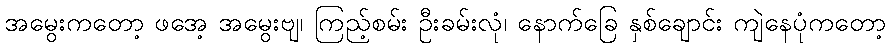
အမွေးကတော့ ဖအေ့ အမွေးဗျ၊ ကြည့်စမ်း ဦးခမ်းလုံ၊ နောက်ခြေ နှစ်ချောင်း ကျဲနေပုံကတော့